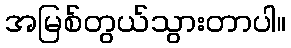
အမြစ်တွယ်သွားတာပါ။